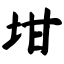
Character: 坩